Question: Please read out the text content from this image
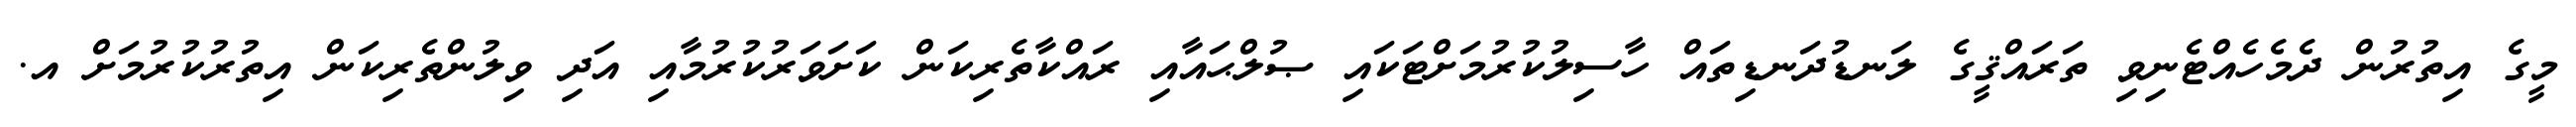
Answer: މީގެ އިތުރުން ދެމެހެއްޓެނިވި ތަރައްޤީގެ ލަނޑުދަނޑިތައް ހާސިލުކުރުމަށްޓަކައި ޞުލްޙައާއި ރައްކާތެރިކަން ކަށަވަރުކުރުމާއި އަދި ވިލުންތެރިކަން އިތުރުކުރުމަށް އ.